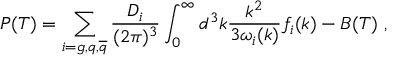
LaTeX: P ( T ) = \sum _ { i = g , q , { \overline { { q } } } } \frac { D _ { i } } { ( 2 \pi ) ^ { 3 } } \int _ { 0 } ^ { \infty } d ^ { 3 } k \frac { k ^ { 2 } } { 3 \omega _ { i } ( k ) } f _ { i } ( k ) - B ( T ) \ ,